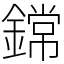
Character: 鏛